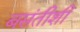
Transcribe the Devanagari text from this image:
बसंतीशी